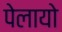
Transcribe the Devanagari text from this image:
पेलायो